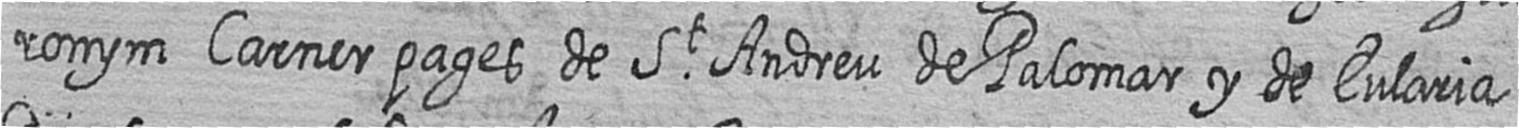
ronym Carner pages de St Andreu de Palomar y de Eularia